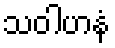
သဝါဟနံ